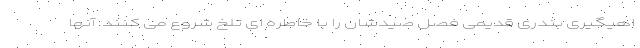
اهیگیری بندری قدیمی فصل صیدشان را با خاطره ای تلخ شروع می کنند. آنها